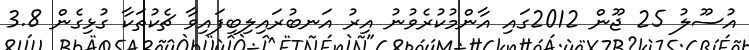
އުސޫލު 25 ޖޫން 2012ގައި އާންމުކުރެވުނު އިރު އަނބުރައިލިބިފައިވާ ޗެކުތަކާ ގުޅިގެން 3.8